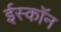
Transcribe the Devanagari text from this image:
ईस्काॅन